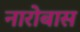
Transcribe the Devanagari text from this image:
नारोबास